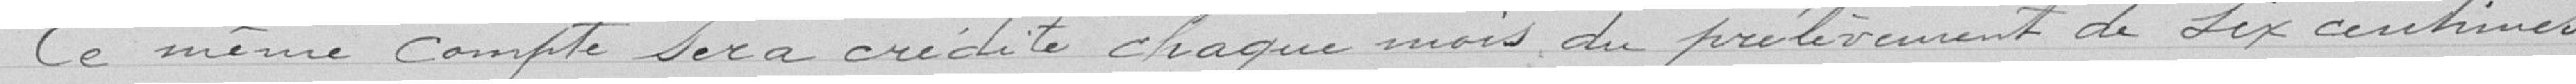
Ce même compte sera crédité chaque mois du prélèvement de six centimes